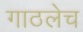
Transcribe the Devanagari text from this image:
गाठलेच